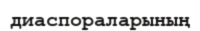
диаспораларының